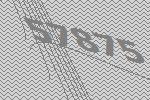
57875